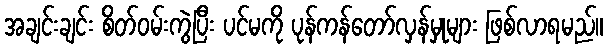
အချင်းချင်း စိတ်ဝမ်းကွဲပြီး ပင်မကို ပုန်ကန်တော်လှန်မှုများ ဖြစ်လာရမည်။